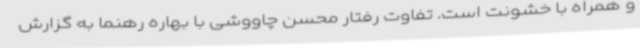
و همراه با خشونت است. تفاوت رفتار محسن چاووشی با بهاره رهنما به گزارش